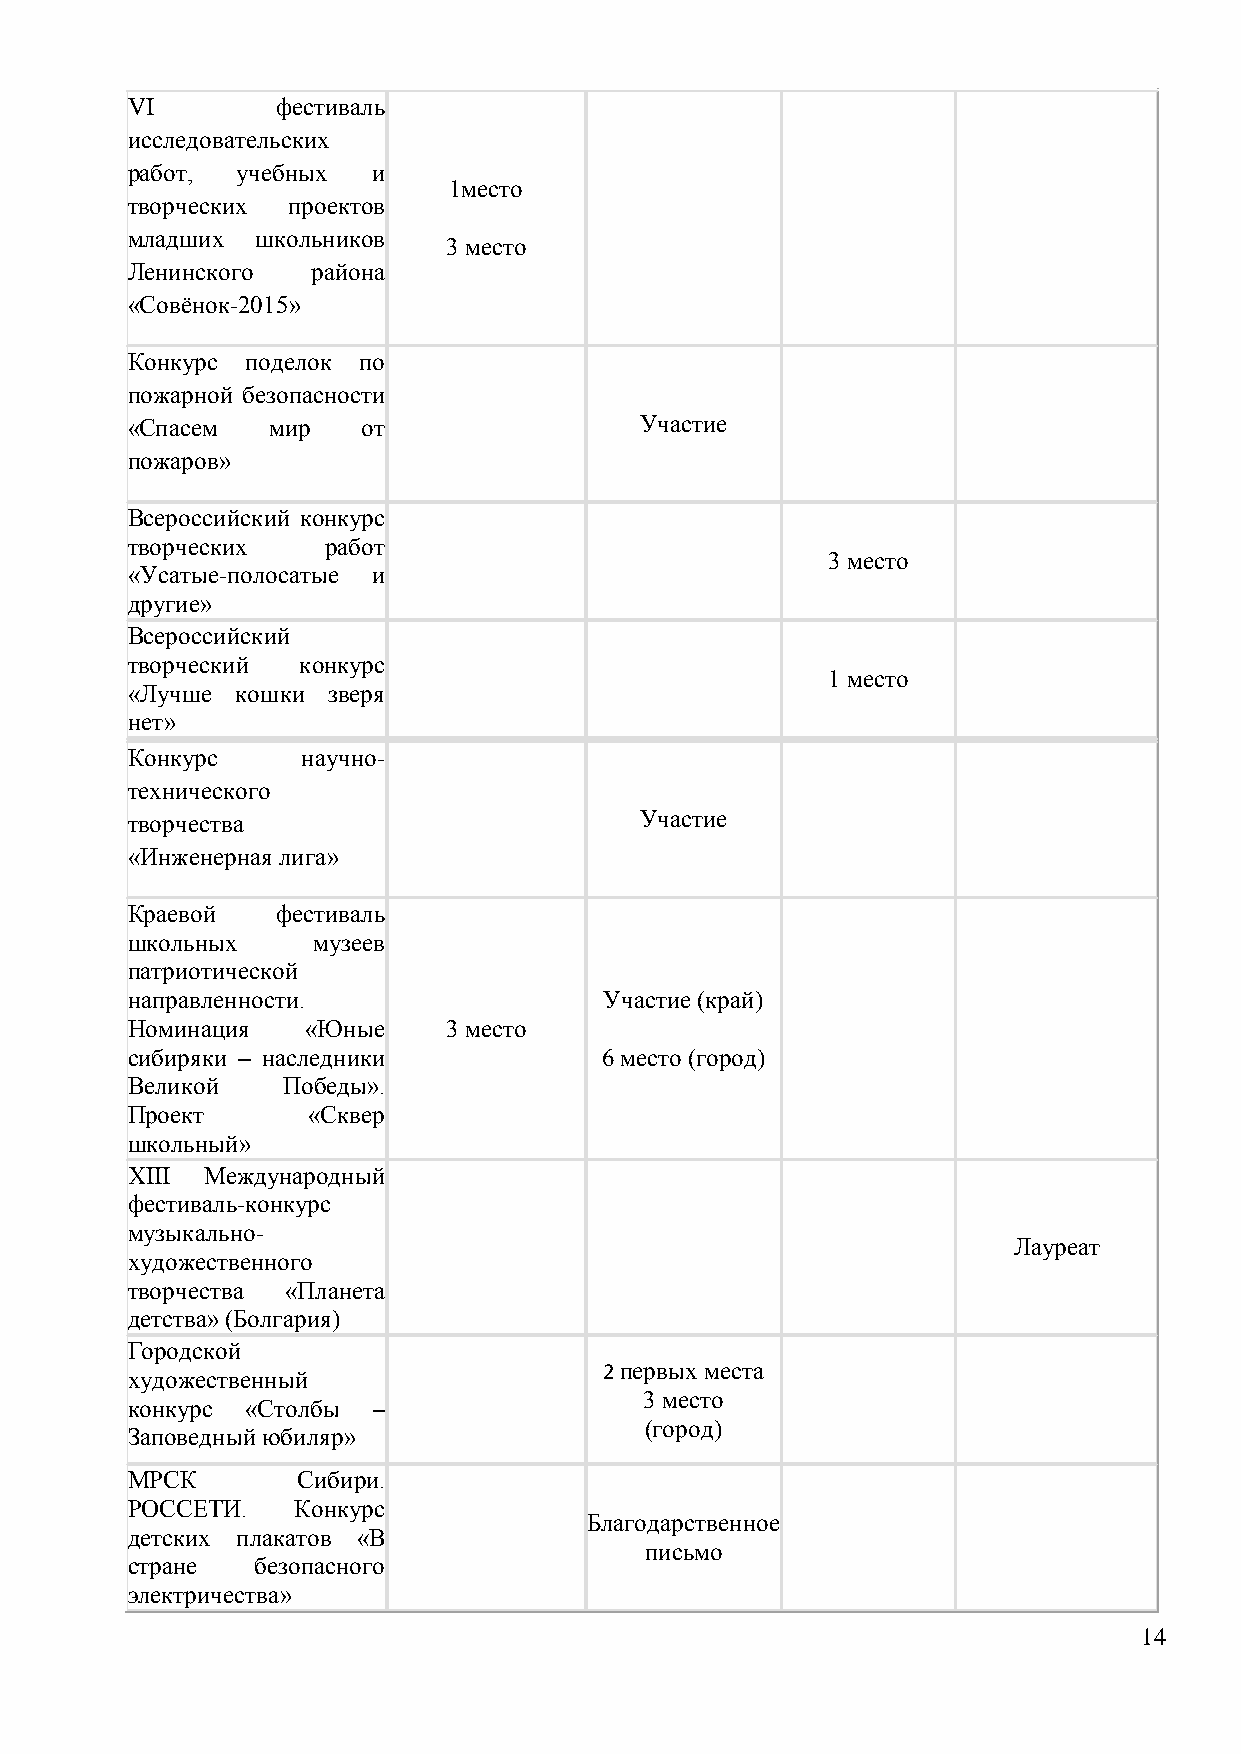
VI        фестиваль
 исследовательских
 работ,  учебных  и
 1место
 творческих проектов
 младших  школьников
 3 место
 Ленинского   района
 «Совѐнок-2015»
 Конкурс поделок по
 пожарной безопасности
 «Спасем   мир   от                Участие
 пожаров»
 Всероссийский конкурс
 творческих    работ
 3 место
 «Усатые-полосатые и
 другие»
 Всероссийский
 творческий  конкурс
 1 место
 «Лучше  кошки зверя
 нет»
 Конкурс     научно-
 технического
 творчества                        Участие
 «Инженерная лига»
 Краевой   фестиваль
 школьных     музеев
 патриотической
 направленности.                 Участие (край)
 Номинация   «Юные     3 место
 сибиряки – наследники           6 место (город)
 Великой    Победы».
 Проект      «Сквер
 школьный»
 ХIII Международный
 фестиваль-конкурс
 музыкально-
 Лауреат
 художественного
 творчества «Планета
 детства» (Болгария)
 Городской
 2 первых места
 художественный
 3 место
 конкурс «Столбы  –
 Заповедный юбиляр»
 (город)
 МРСК        Сибири.
 РОССЕТИ.   Конкурс
 Благодарственное
 детских плакатов «В
 письмо
 стране   безопасного
 электричества»
 14